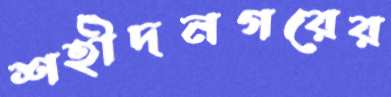
শহীদনগরের